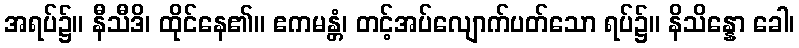
အရပ်၌။ နီသီဒိ၊ ထိုင်နေ၏။ ဧကမန္တံ၊ တင့်အပ်လျောက်ပတ်သော ရပ်၌။ နိသိန္နော ခေါ၊